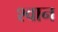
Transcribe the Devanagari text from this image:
श्‍वान